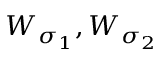
W _ { \sigma _ { 1 } } , W _ { \sigma _ { 2 } }